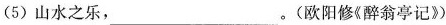
（5）山水之乐，___。(欧阳修《酒翁亭记》)